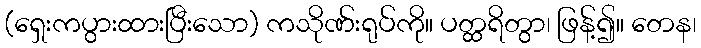
(ရှေးကပွားထားပြီးသော) ကသိုဏ်းရုပ်ကို။ ပတ္ထရိတွာ၊ ဖြန့်၍။ တေန၊